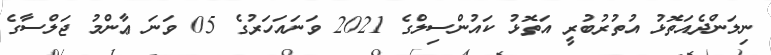
ނިލަންދެއަތޮޅު އުތުރުބުރީ އަތޮޅު ކައުންސިލްގެ 2021 ވަނައަހަރުގެ 05 ވަނަ ޢާންމު ޖަލްސާގެ